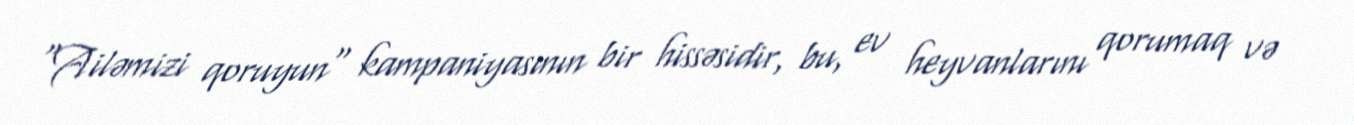
"Ailəmizi qoruyun" kampaniyasının bir hissəsidir, bu, ev heyvanlarını qorumaq və